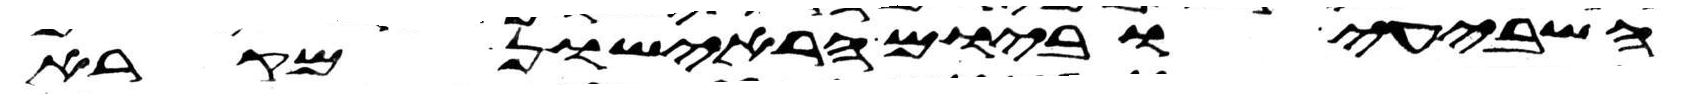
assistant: השביעי וביום הראישון מקרא